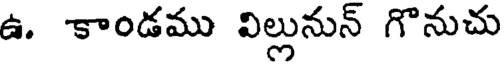
ఉ. కాండము విల్లునున్ గొనుచు